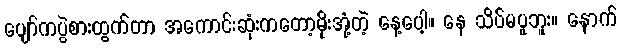
ပျော်ကပွဲစားထွက်တာ အကောင်းဆုံးကတော့မိုးအုံ့တဲ့ နေ့ပေါ့။ နေ သိပ်မပူဘူး။ နောက်